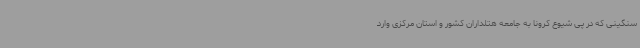
سنگینی که در پی شیوع کرونا به جامعه هتلداران کشور و استان مرکزی وارد